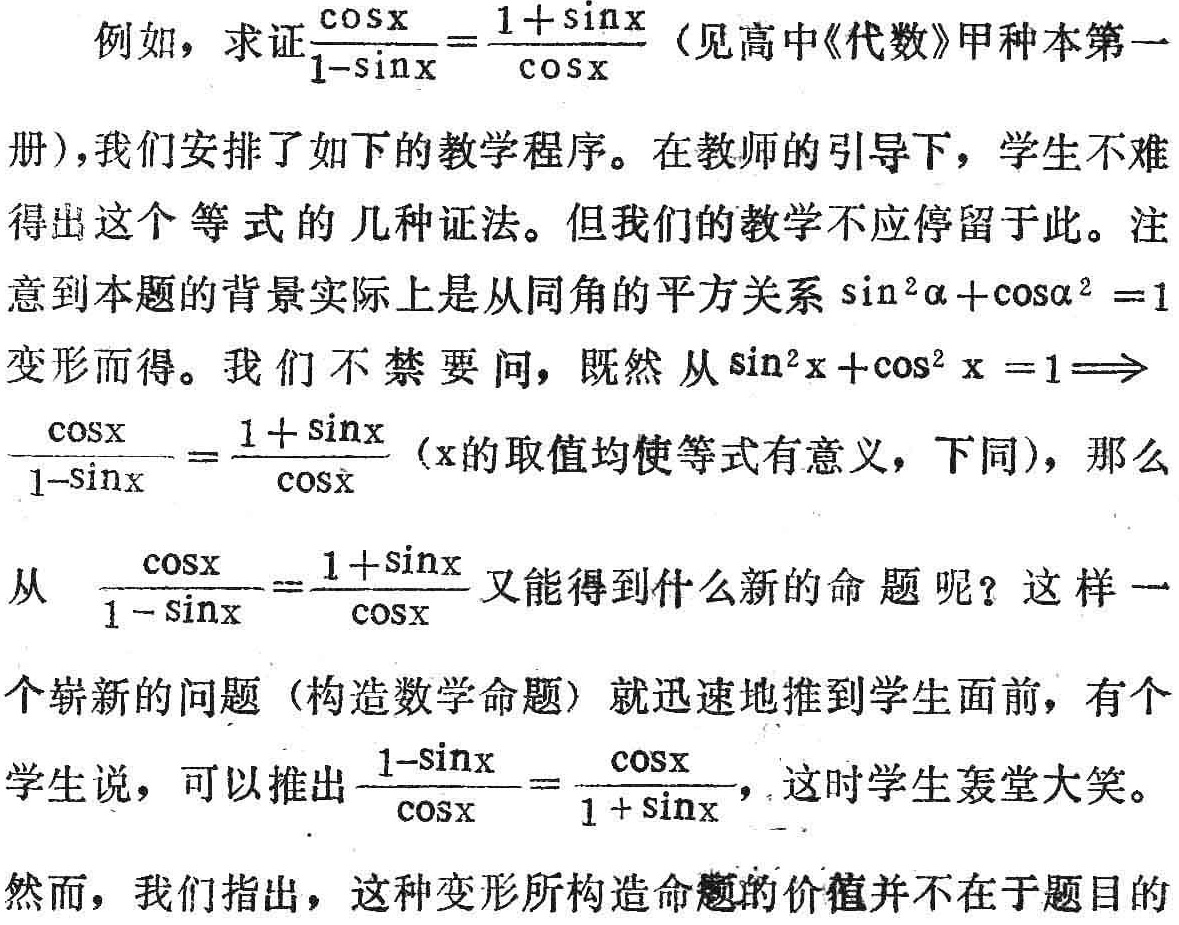
例如，求证\(\frac{\cos x}{1 - \sin x}=\frac{1 + \sin x}{\cos x}\)（见高中《代数》甲种本第一
册），我们安排了如下的教学程序。在教师的引导下，学生不难
得出这个等式的几种证法。但我们的教学不应停留于此。注
意到本题的背景实际上是从同角的平方关系\(\sin^{2}\alpha+\cos\alpha^{2}=1\)
变形而得。我们不禁要问，既然从\(\sin^{2}x+\cos^{2}x = 1\Rightarrow\)
\(\frac{\cos x}{1 - \sin x}=\frac{1 + \sin x}{\cos x}\)（\(x\)的取值均使等式有意义，下同），那么
从 \(\frac{\cos x}{1 - \sin x}=\frac{1 + \sin x}{\cos x}\) 又能得到什么新的命题呢？这样一
个崭新的问题（构造数学命题）就迅速地推到学生面前，有个
学生说，可以推出\(\frac{1 - \sin x}{\cos x}=\frac{\cos x}{1 + \sin x}\)，这时学生轰堂大笑。
然而，我们指出，这种变形所构造命题的价值并不在于题目的